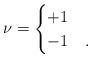
LaTeX: \begin{align*}\nu=\begin{cases}+1 &\\-1 &.\end{cases}\end{align*}